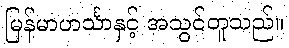
မြန်မာဟင်္သာနှင့် အသွင်တူသည်။